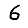
Digit: 6